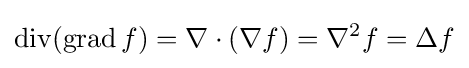
\operatorname {div} (\operatorname {grad} f)=\nabla \cdot (\nabla f)=\nabla ^{2}f=\Delta f